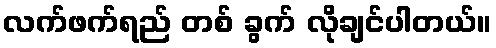
လက်ဖက်ရည် တစ် ခွက် လိုချင်ပါတယ်။